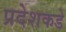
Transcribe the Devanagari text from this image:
प्रदेशकडे